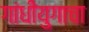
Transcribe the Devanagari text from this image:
गांधीयुगाचा